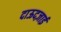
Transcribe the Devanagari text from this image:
दाऊदज़ाई